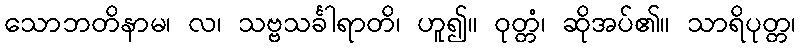
သောဘတိနာမ၊ လ၊ သဗ္ဗသင်္ခါရာတိ၊ ဟူ၍။ ဝုတ္တံ၊ ဆိုအပ်၏။ သာရိပုတ္တ၊